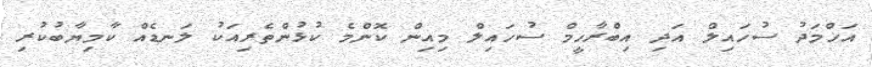
އަހްމަދު ސުހައިލް އަދި އިބްރާހީމް ސުހައިލް މިއިން ކޮންމެ ކުޅުންތެރިއަކު ލަނޑެއް ކާމިޔާބުކުރި